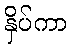
နှိပ်ကာ